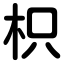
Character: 枳